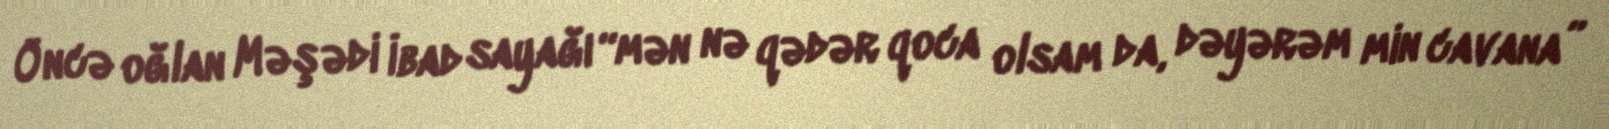
Öncə oğlan Məşədi İbad sayağı “mən nə qədər qoca olsam da, dəyərəm min cavana”